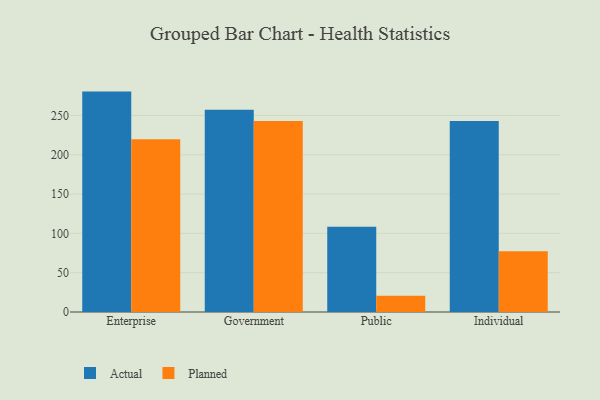
{"axis": {"x": "Segment", "y": "Operating Costs (USD K)"}, "legend": ["Actual", "Planned"], "data": [{"x": "Enterprise", "y": 280.3, "type": "Actual"}, {"x": "Enterprise", "y": 219.7, "type": "Planned"}, {"x": "Government", "y": 257.1, "type": "Actual"}, {"x": "Government", "y": 243.0, "type": "Planned"}, {"x": "Public", "y": 108.3, "type": "Actual"}, {"x": "Public", "y": 20.6, "type": "Planned"}, {"x": "Individual", "y": 243.0, "type": "Actual"}, {"x": "Individual", "y": 77.2, "type": "Planned"}]}